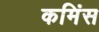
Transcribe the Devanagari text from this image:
कमिंस